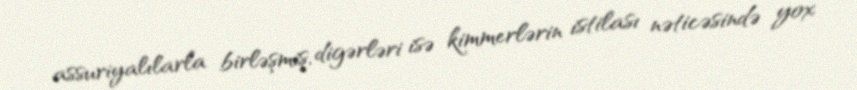
assuriyalılarla birləşmiş, digərləri isə kimmerlərin istilası nəticəsində yox